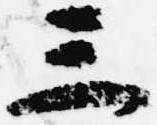
三